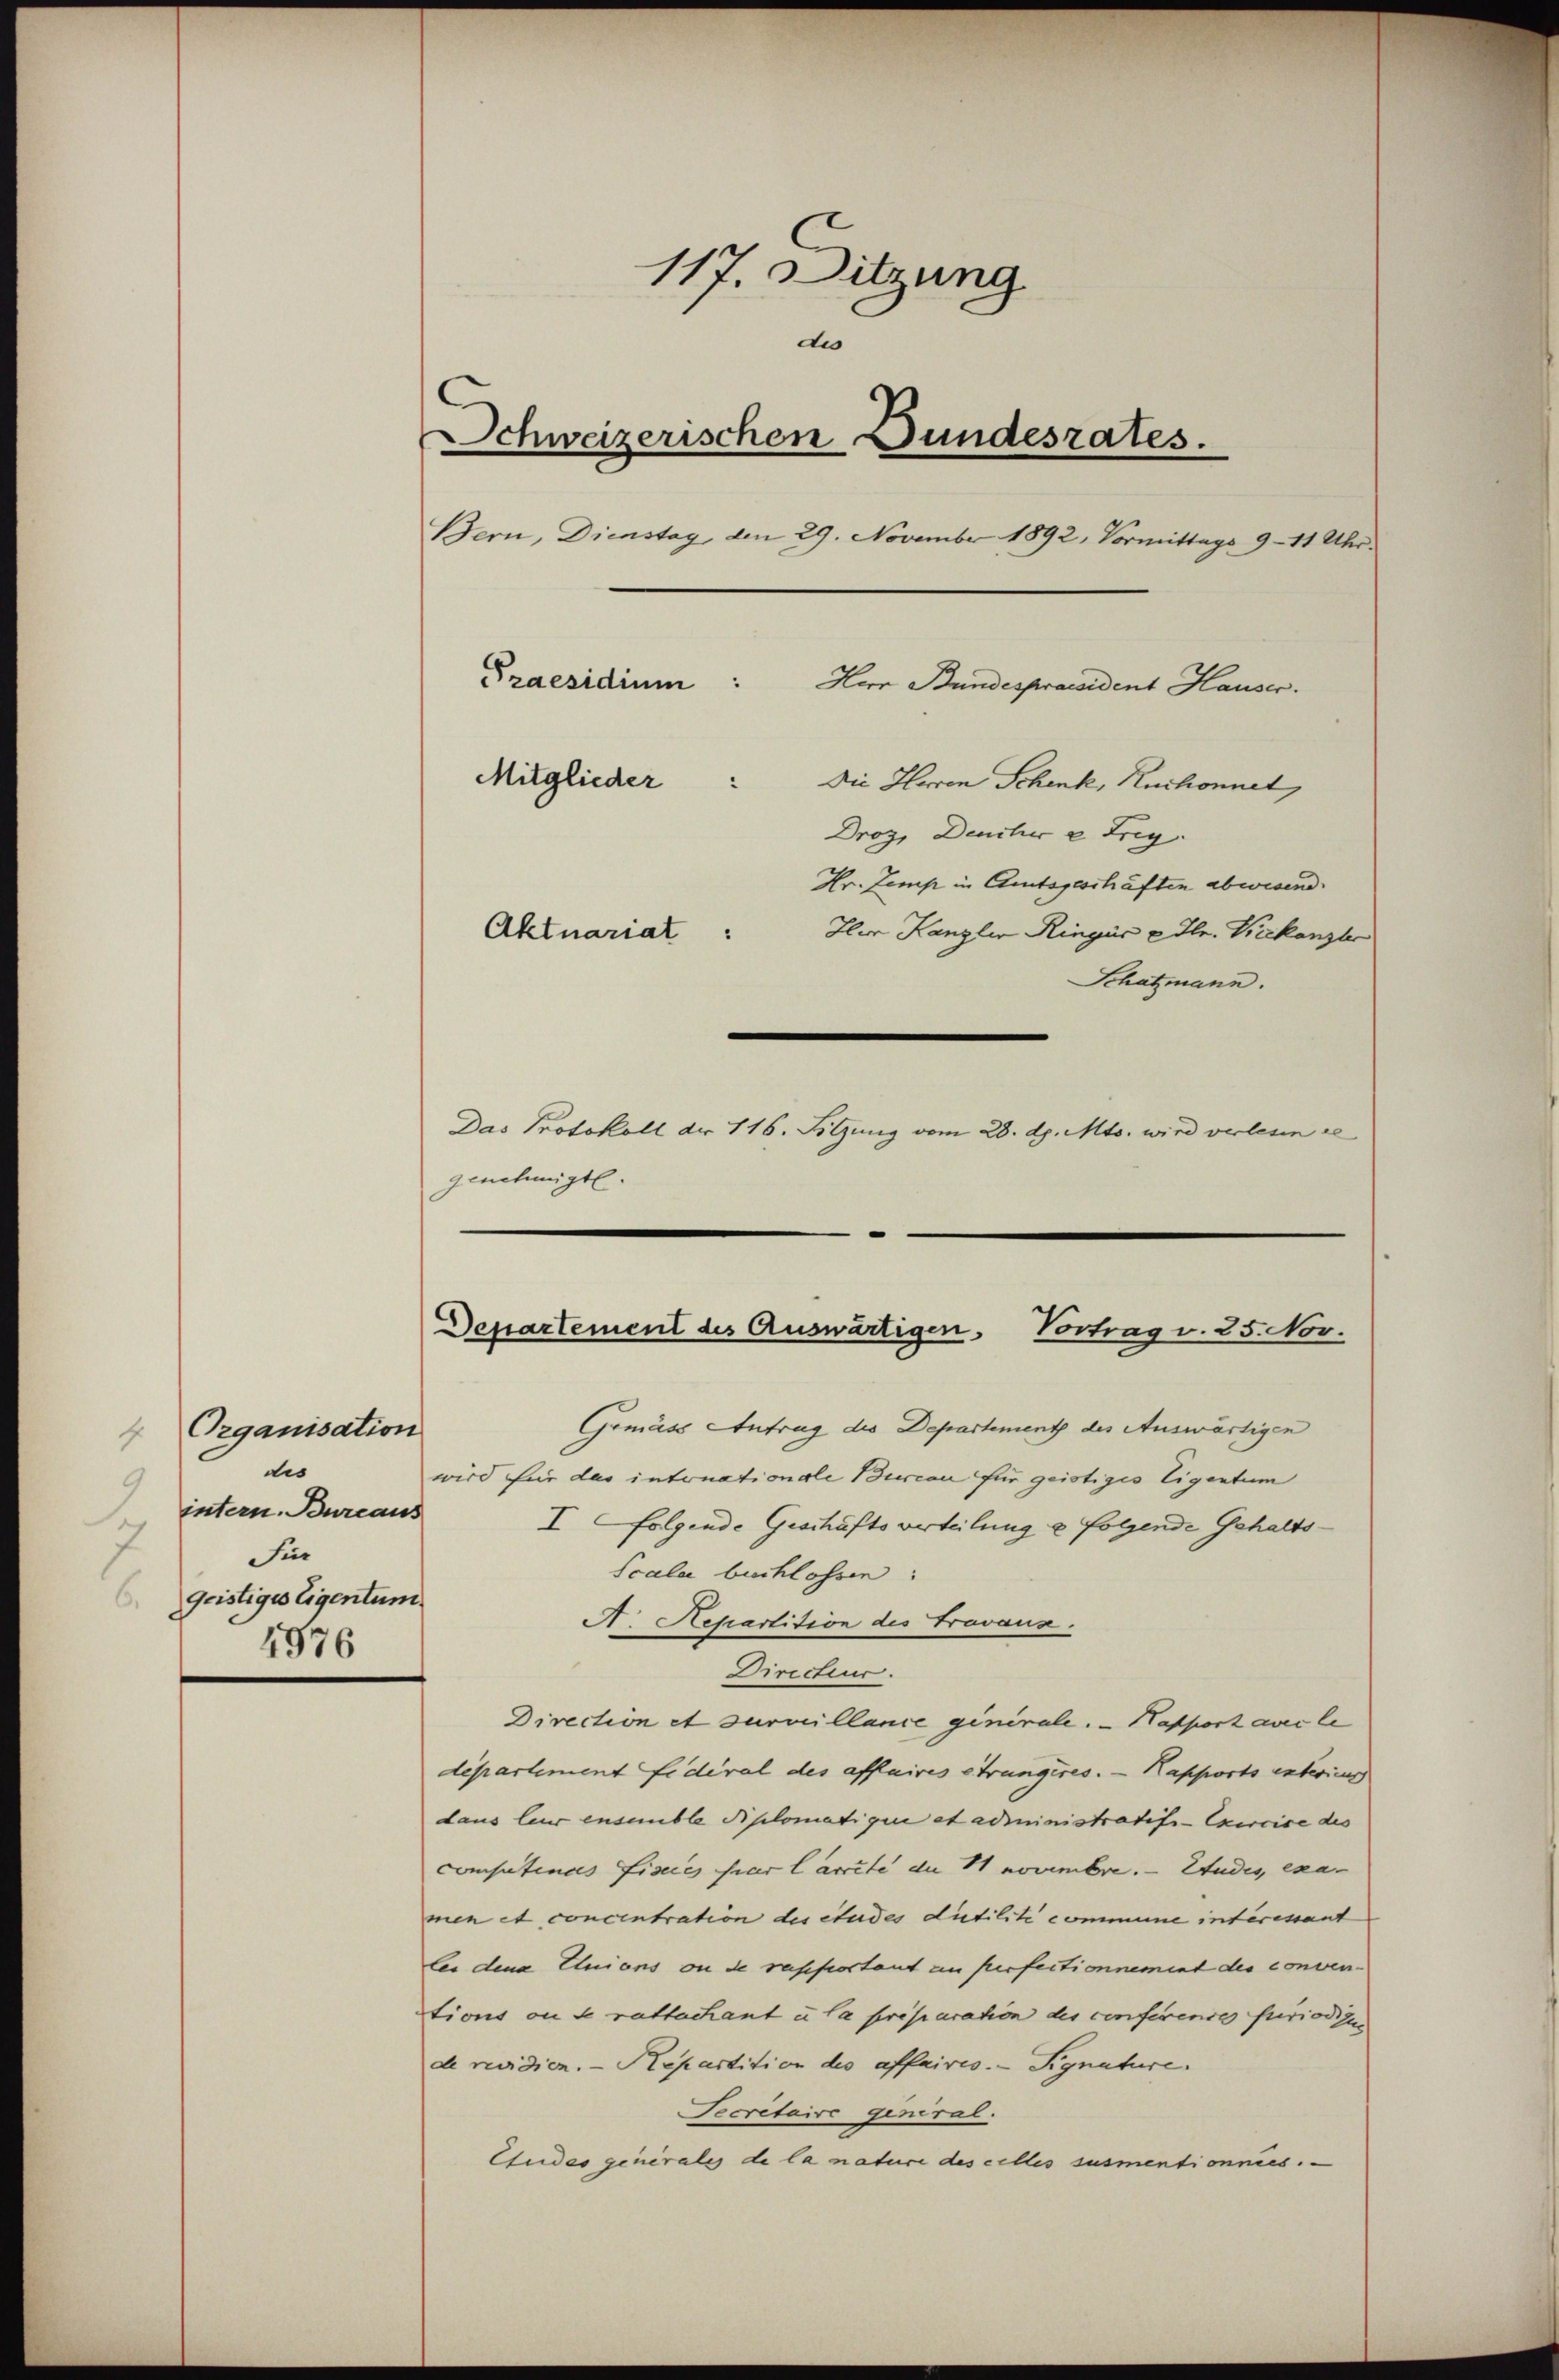
Organisation
f
dis
9
intern. Bureaus
7
Fin
geistiges Eigentum
6.
4976

117. Ditzung
du
Schweizerischen Bundesrates.
Bern, Dienstag, den 29. November 1892, Vormittags 9 - 11 Uhr.
Praesidium:
Herr Bundespraesident Hauser.
Mitglieder
Die Herren Schenk, Ruchonnet,
Droz, Deucher u Trig.
Hr. Zemp in Amtsgeschäften abwesend.
Iler Kanzler Ringes edle. Vicekanzler
Aktuariat :
Schatzmann.
Das Protokoll dr. 116. Sitzung vom 28. d. Mts. wird verlesen se

genehmigte.

Departement des Auswärtigen. Vortrag v. 25. Nov.

Gemäss Antrag des Departement des Auswärtigen
wird für das intonationale Burcan für geistiges Eigentum
I folgende Geschäftsverteilung u. folgende Gehalts¬
Scala buchlossen:
A. Hepartition des Fravaus.
Directeur.
Direction et surveillance generale. — Kapport avec le
departement fidéral des affaires étrangires. — Kapports interier
dans leur ensemble diplomatigire et administratife Exercice des
constinas Fiseces par lascite de 11 Novembre. Studes, exa
men et concentration des études dutilite commune interiant
lei dene Einions ou de reisfortant en perfectionnement des conven-
tions ou de rattachant u la preparation des conferentes friedigen
de revidien. - Repartition des affaires. Signature.
Fecretaire general.
Etudes generales de la nature des celles susmentionnées. —